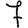
Digit: 7